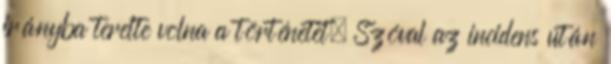
irányba terelte volna a történetet. Szóval az incidens után